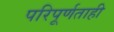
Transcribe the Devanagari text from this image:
परिपूर्णताही